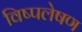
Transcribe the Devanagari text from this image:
विष्पलेषण